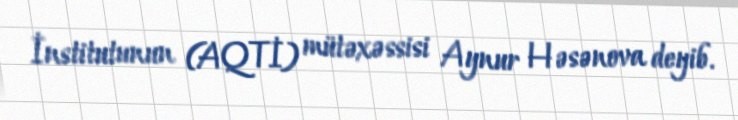
İnstitutunun (AQTİ) mütəxəssisi Aynur Həsənova deyib.